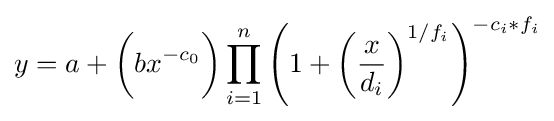
y=a+{\bigg (}bx^{-c_{0}}{\bigg )}\prod _{i=1}^{n}\left(1+\left({\frac {x}{d_{i}}}\right)^{1/f_{i}}\right)^{-c_{i}*f_{i}}